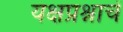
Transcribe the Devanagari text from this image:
यक्षप्रश्नाचें